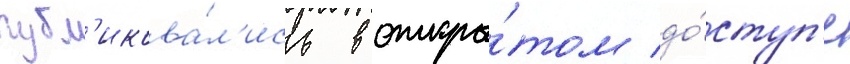
публ'икова́л'ись в откры́том до́ступ'е